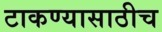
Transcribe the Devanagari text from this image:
टाकण्यासाठीच